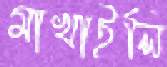
মাখাইলি